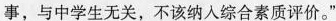
事，与中学生无关，不该纳入综合素质评价。